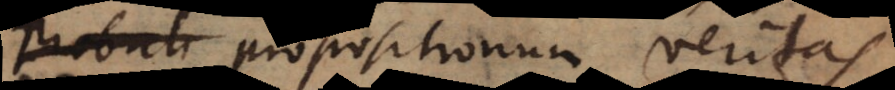
propositionum veritas